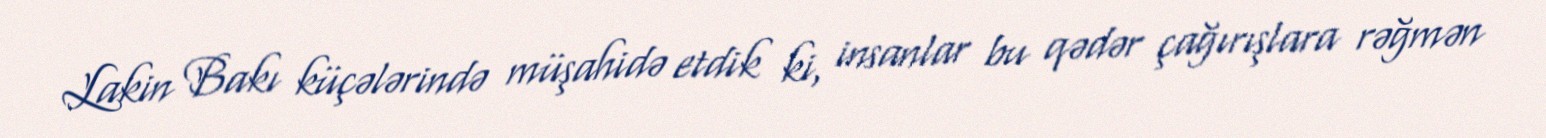
Lakin Bakı küçələrində müşahidə etdik ki, insanlar bu qədər çağırışlara rəğmən